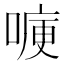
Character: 𭉶